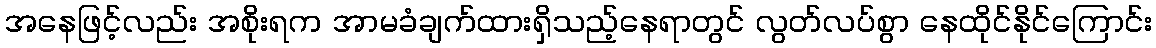
အနေဖြင့်လည်း အစိုးရက အာမခံချက်ထားရှိသည့်နေရာတွင် လွတ်လပ်စွာ နေထိုင်နိုင်ကြောင်း